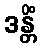
ဒန္တိံ